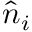
\hat { n } _ { i }